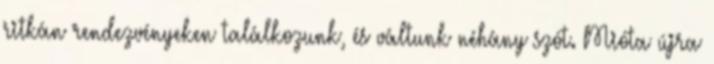
ritkán rendezvényeken találkozunk, és váltunk néhány szót. Mióta újra